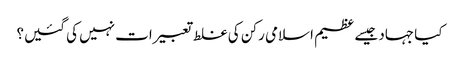
کیا جہاد جیسے عظیم اسلامی رکن کی غلط تعبیرات نہیں کی گئیں؟